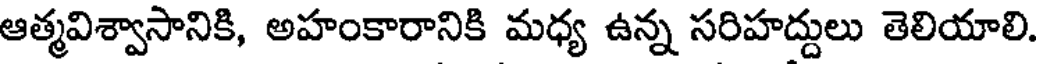
ఆత్మవిశ్వాసానికి, అహంకారానికి మధ్య ఉన్న సరిహద్దులు తెలియాలి